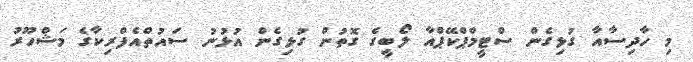
މި ހާދިސާއާ ގުޅިގެން ސްޓީމްޕްކޭޕްއާ ލޯބީގެ ގޮތުން ގުޅިގެން އުޅުނު ސައުތްއެފްރިކާގެ މަޝްހޫރު